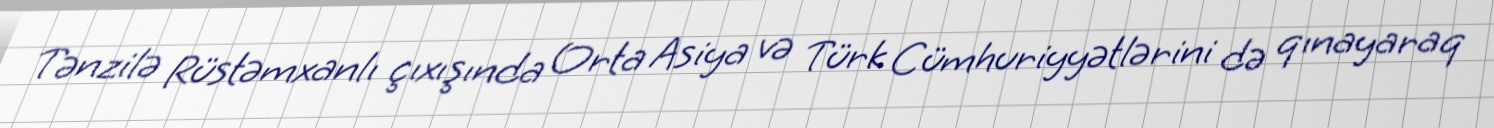
Tənzilə Rüstəmxanlı çıxışında Orta Asiya və Türk Cümhuriyyətlərini də qınayaraq